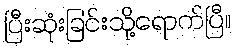
ပြီးဆုံးခြင်းသို့ရောက်ပြီ။